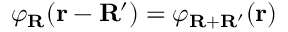
\varphi _ { \mathbf { R } } ( \mathbf { r } - \mathbf { R ^ { \prime } } ) = \varphi _ { \mathbf { R } + \mathbf { R ^ { \prime } } } ( \mathbf { r } )